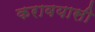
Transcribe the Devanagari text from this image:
करावयासी